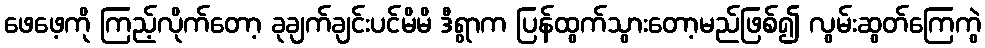
ဖေဖေ့ကို ကြည့်လိုက်တော့ ခုချက်ချင်းပင်မိမိ ဒီရွာက ပြန်ထွက်သွားတော့မည်ဖြစ်၍ လွမ်းဆွတ်ကြေကွဲ